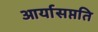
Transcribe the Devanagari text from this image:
आर्यासप्तति